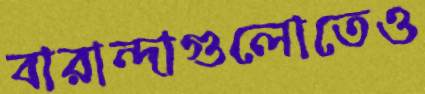
বারান্দাগুলোতেও